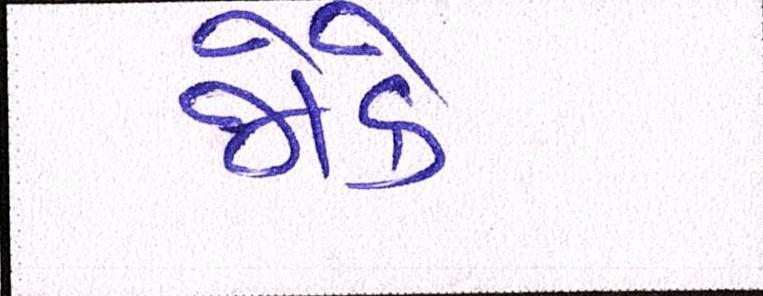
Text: જોકે